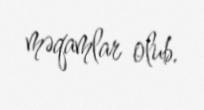
məqamlar olub.